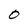
Character: 0